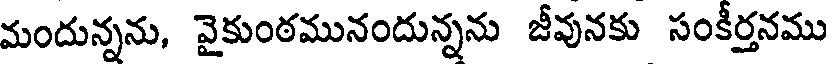
మందున్నను, వైకుంఠమునందున్నను జీవునకు సంకీర్తనము